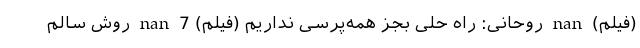
(فیلم) nan روحانی: راه حلی بجز همه‌پرسی نداریم (فیلم) nan 7 روش سالم